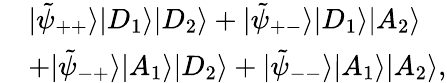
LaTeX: \begin{array}{rl}&{|\tilde{\psi}_{++}\rangle|D_{1}\rangle|D_{2}\rangle+|\tilde{\psi}_{+-}\rangle|D_{1}\rangle|A_{2}\rangle}\\ &{+|\tilde{\psi}_{-+}\rangle|A_{1}\rangle|D_{2}\rangle+|\tilde{\psi}_{--}\rangle|A_{1}\rangle|A_{2}\rangle,}\end{array}